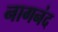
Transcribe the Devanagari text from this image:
नागनंद